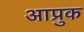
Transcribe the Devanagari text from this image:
आप्रुक